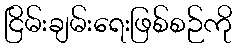
ငြိမ်းချမ်းရေးဖြစ်စဉ်ကို